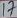
Text: 17